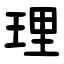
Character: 理